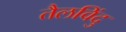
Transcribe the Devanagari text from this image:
तैलविंदु